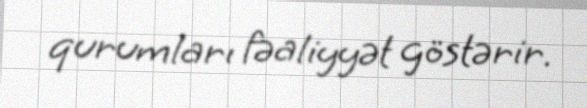
qurumları fəaliyyət göstərir.